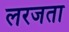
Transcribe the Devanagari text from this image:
लरजता